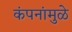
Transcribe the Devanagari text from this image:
कंपनांमुळे